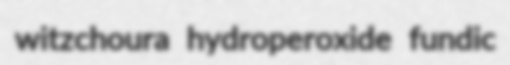
witzchoura hydroperoxide fundic